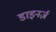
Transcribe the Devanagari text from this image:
डाइनर्ज़